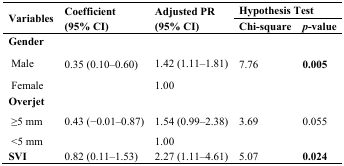
| <ROWSPAN=2> Variables | <ROWSPAN=2> Coefficient (95% CI) | <ROWSPAN=2> Adjusted PR (95% CI) | <COLSPAN=2> Hypothesis Test |
 | Chi-square | p-value |
 | --- | --- | --- | --- | --- |
 | Gender | <ROWSPAN=3> 0.35 (0.10–0.60) |  | <ROWSPAN=3> 7.76 | <ROWSPAN=3> 0.005 |
 | Male | 1.42 (1.11–1.81) |
 | Female | 1.00 |
 | Overjet | <ROWSPAN=3> 0.43 (−0.01–0.87) |  | <ROWSPAN=3> 3.69 | <ROWSPAN=3> 0.055 |
 | ≥5 mm | 1.54 (0.99–2.38) |
 | <5 mm | 1.00 |
 | SVI | 0.82 (0.11–1.53) | 2.27 (1.11–4.61) | 5.07 | 0.024 |